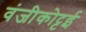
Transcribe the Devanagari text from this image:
वंजीकोट्टई